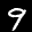
Label: 9